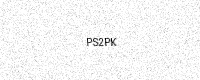
Text: PS2PK